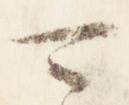
可